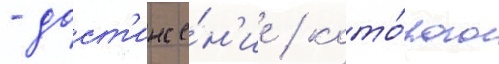
- дост'иже́н'ие / кото́рого